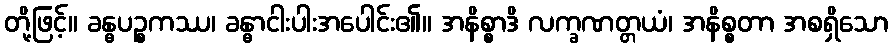
တို့ဖြင့်။ ခန္ဓပဉ္စကဿ၊ ခန္ဓာငါးပါးအပေါင်း၏။ အနိစ္စာဒိ လက္ခဏတ္တယံ၊ အနိစ္စတာ အစရှိသော